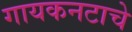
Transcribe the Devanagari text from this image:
गायकनटाचे